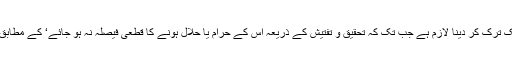
لہٰذا حدیث نبوی کہ جو چیز شک و شبہ والی ہے اس کو اس وقت تک ترک کر دینا لازم ہے جب تک کہ تحقیق و تفتیش کے ذریعہ اس کے حرام یا حلال ہونے کا قطعی فیصلہ نہ ہو جائے‘ کے مطابق مسلمانوں کو ان چیزوں سے بھی حتی الامکان پرہیز کر نا چاہئے۔